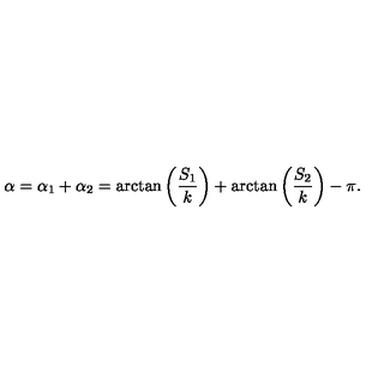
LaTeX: \alpha = \alpha _ { 1 } + \alpha _ { 2 } = \arctan \left( \frac { S _ { 1 } } k \right) + \arctan \left( \frac { S _ { 2 } } k \right) - \pi .